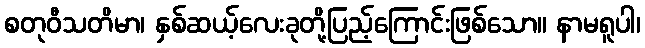
စတုဝီသတိမာ၊ နှစ်ဆယ့်လေးခုတို့ပြည့်ကြောင်းဖြစ်သော။ နာမရူပါ၊